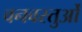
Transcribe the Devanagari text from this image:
वनवस्तुओं